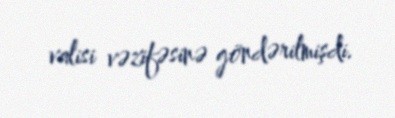
valisi vəzifəsinə göndərilmişdi.